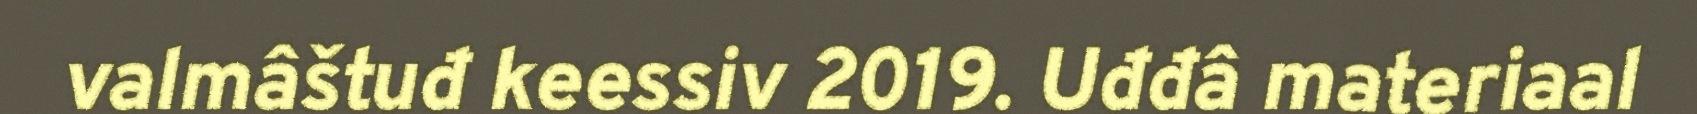
valmâštuđ keessiv 2019. Uđđâ materiaal